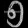
Digit: ၅